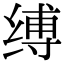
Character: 缚